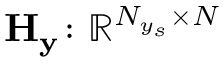
\mathbf { H } _ { \mathbf { y } } \colon \mathbb { R } ^ { N _ { y _ { s } } \times N }